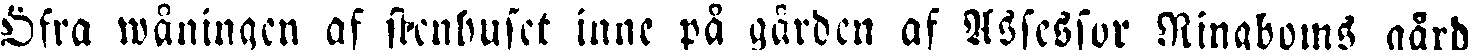
Öfra wåningen af stenhuset inne på gården af Assessor Ringboms gård